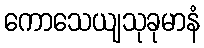
ကောသေယျသုခုမာနံ